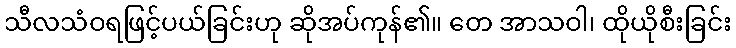
သီလသံဝရဖြင့်ပယ်ခြင်းဟု ဆိုအပ်ကုန်၏။ တေ အာသဝါ၊ ထိုယိုစီးခြင်း